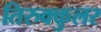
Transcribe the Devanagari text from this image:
तिरुक्कुलर